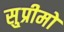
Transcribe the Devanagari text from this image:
सु्प्रीमो